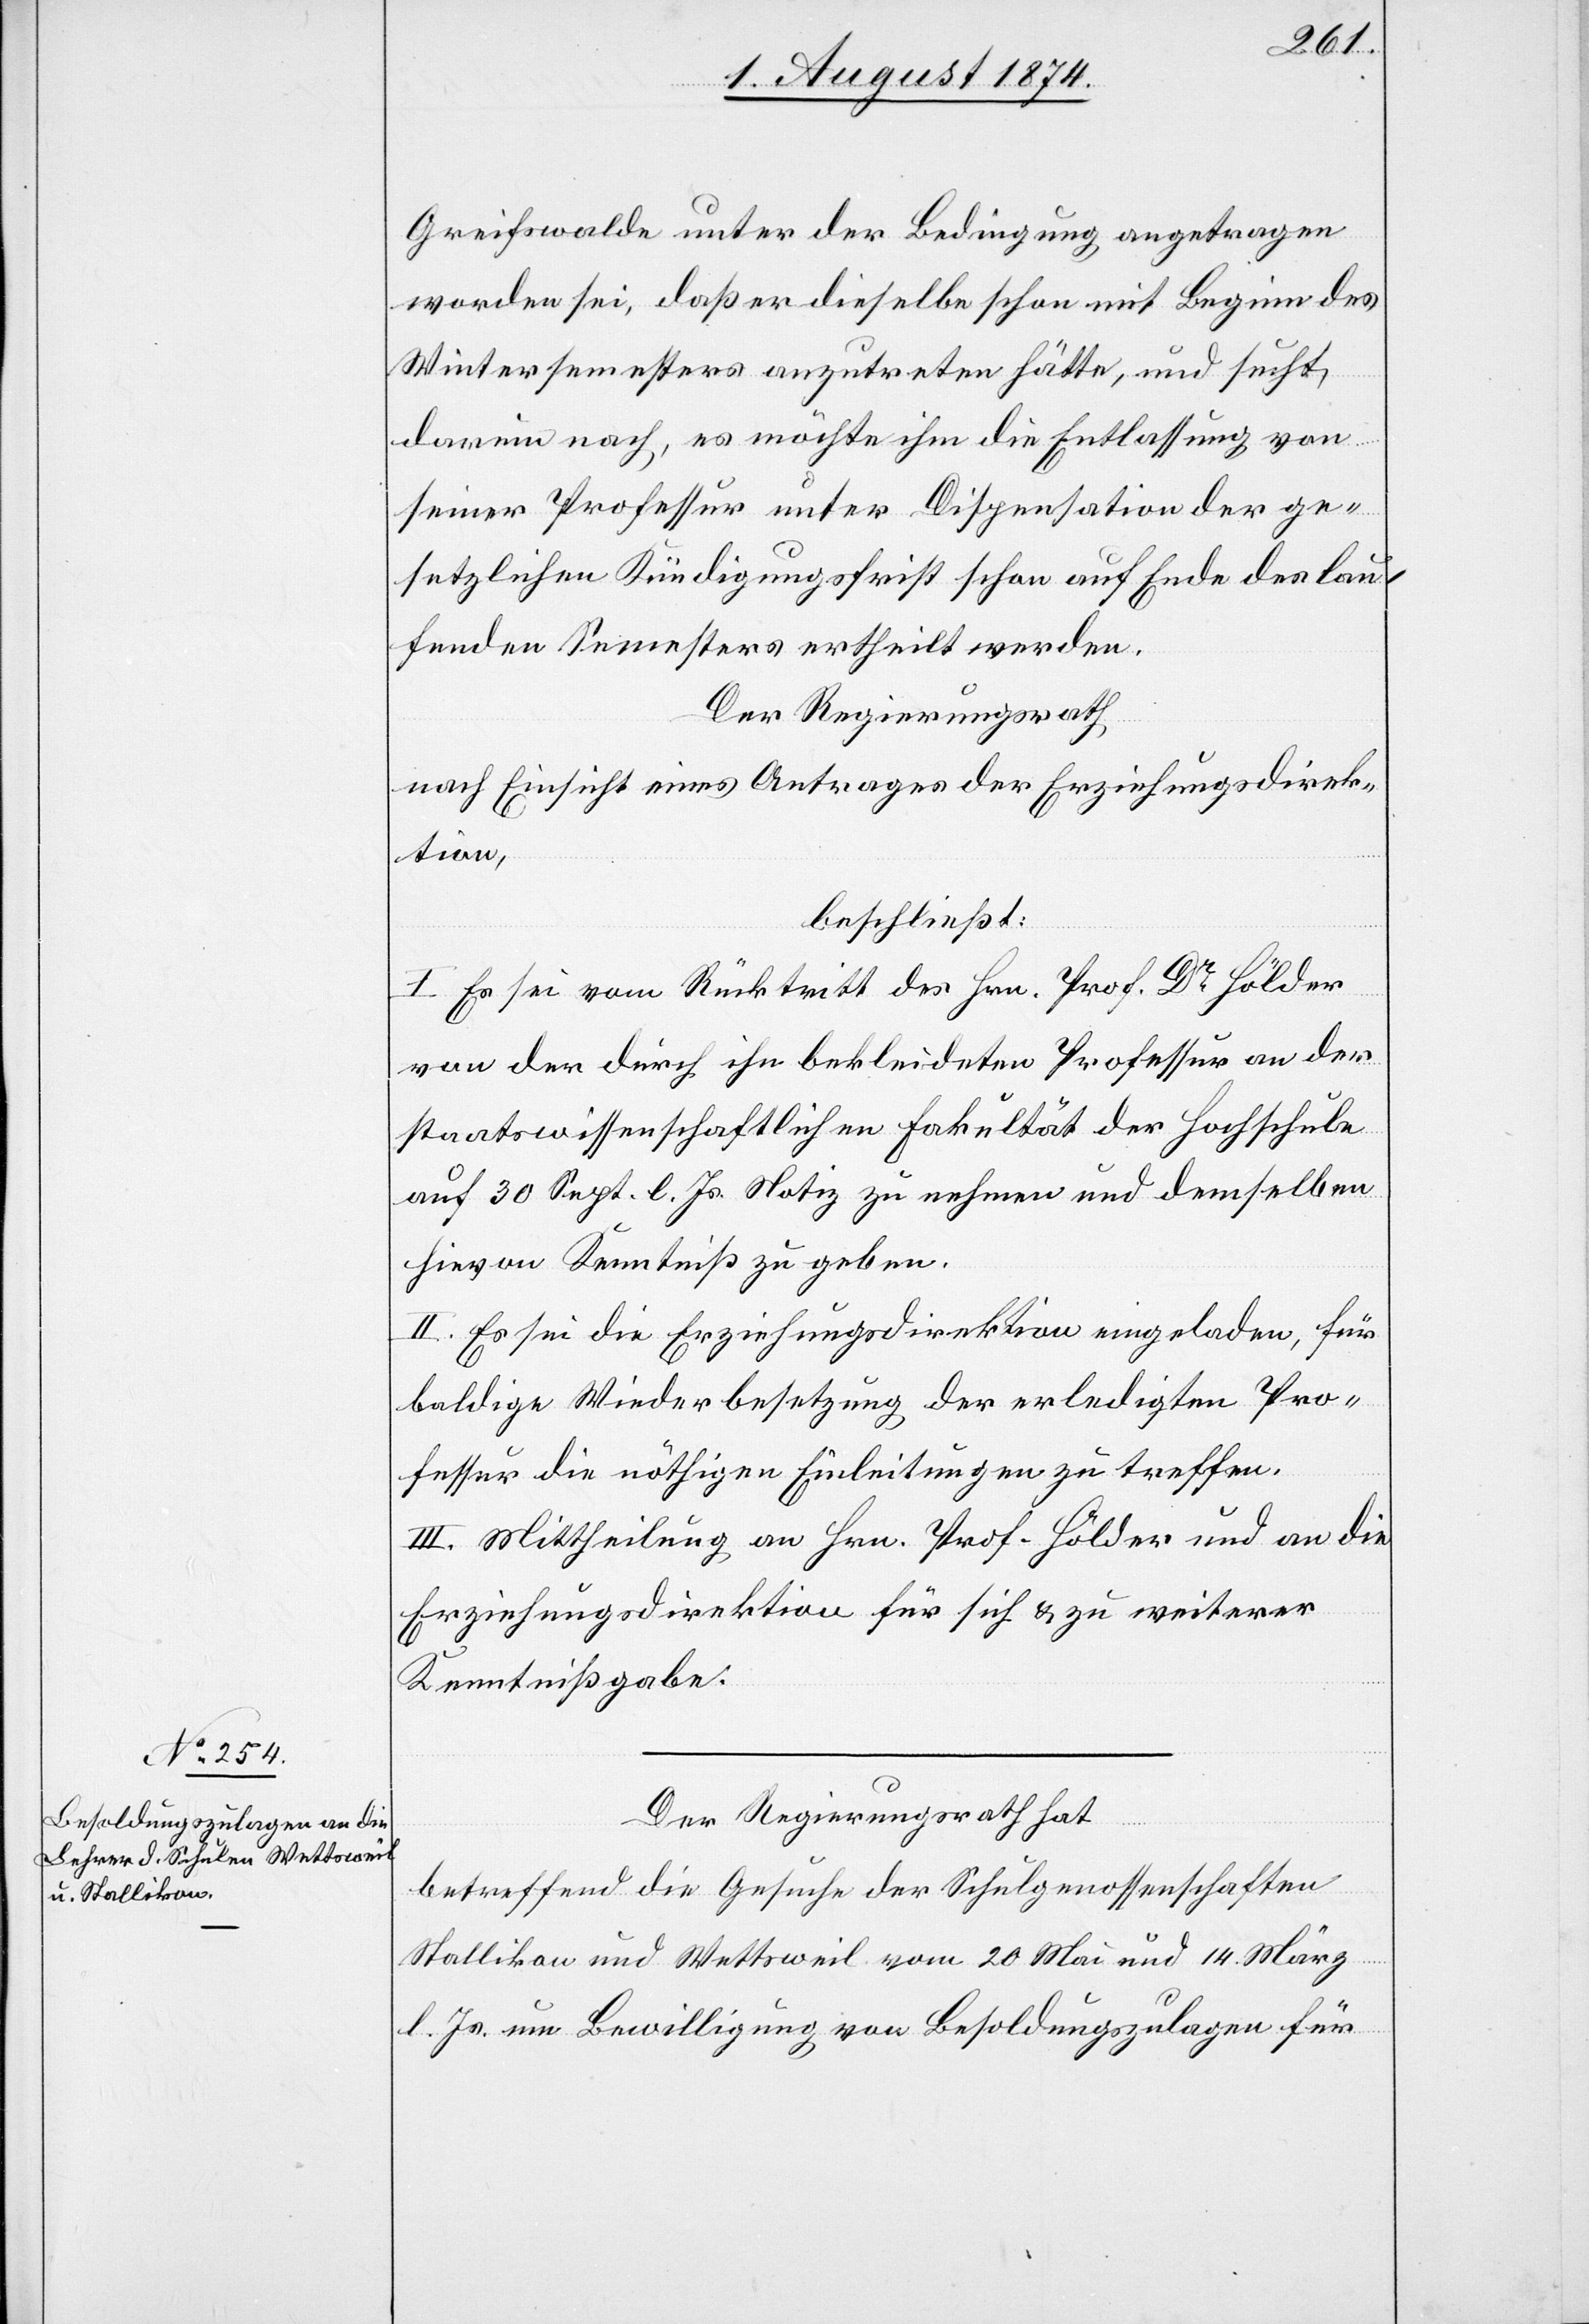
Greifswalde unter der Bedingung angetragen
worden sei, daß er dieselbe schon mit Beginn des
Wintersemesters anzutreten hätte, und sucht
darum nach, es möchte ihm die Entlassung von
seiner Professur unter Dispensation der ge¬
setzlichen Kündigungsfrist schon auf Ende des lau¬
fenden Semesters ertheilt werden.
Der Regierungsrath
nach Einsicht eines Antrages der Erziehungsdirek¬
tion,
beschließt:
I. Es sei vom Rücktritt des Hrn. Prof. Dr Hölder
von der durch ihn bekleideten Professur an der
staatswissenschaftlichen Fakultät der Hochschule
auf 30. Sept. l. Js. Notiz zu nehmen und demselben
hievon Kenntniß zu geben.
II. Es sei die Erziehungsdirektion eingeladen, für
baldige Wiederbesetzung der erledigten Pro¬
fessur die nöthigen Einleitungen zu treffen.
III. Mittheilung an Hrn. Prof. Hölder und an die
Erziehungsdirektion für sich u. zu weiterer
Kenntnißgabe.
Der Regierungsrath hat
betreffend die Gesuche der Schulgenossenschaften
Stallikon und Wettsweil vom 20. Mai und 14. März
l. Js. um Bewilligung von Besoldungszulagen für